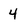
Character: 4